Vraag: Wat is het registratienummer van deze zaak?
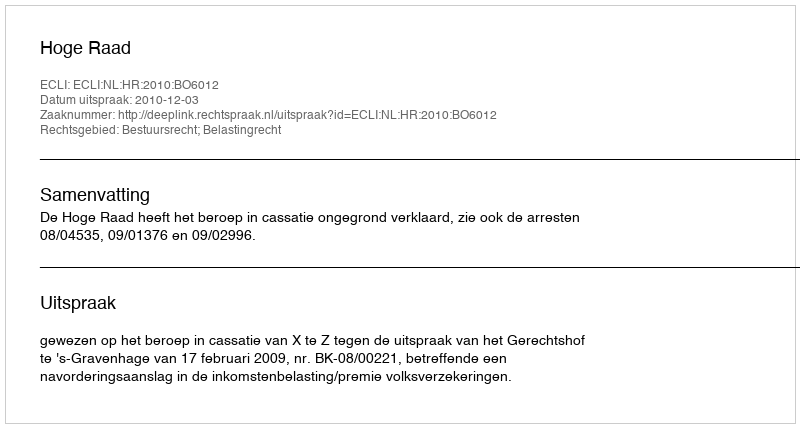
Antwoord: http://deeplink.rechtspraak.nl/uitspraak?id=ECLI:NL:HR:2010:BO6012